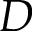
D